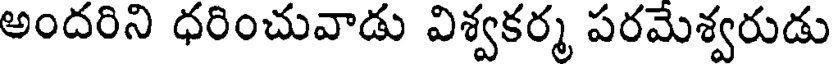
అందరిని ధరించువాడు విశ్వకర్మ పరమెశ్వరుడు